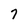
Character: 7